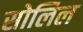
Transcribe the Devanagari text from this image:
सोलिल